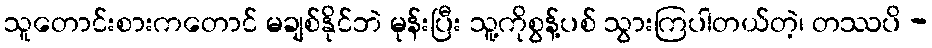
သူတောင်းစားကတောင် မချစ်နိုင်ဘဲ မုန်းပြီး သူ့ကိုစွန့်ပစ် သွားကြပါတယ်တဲ့၊ တဿပိ -